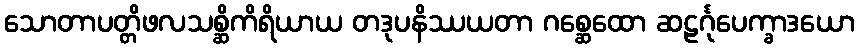
သောတာပတ္တိဖလသစ္ဆိကိရိယာယ တဒုပနိဿယတာ ဂစ္ဆေထော ဆဠင်္ဂုပေက္ခာဒယော